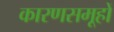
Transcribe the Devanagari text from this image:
कारणसमूहों